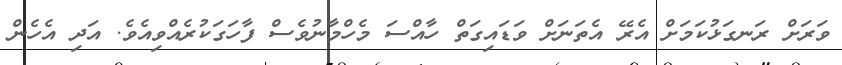
ވަރަށް ރަނގަޅުކަމަށް އެރޭ އެތަނަށް ވަޑައިގަތް ހާއްސަ މެހްމާނުވެސް ފާހަގަކުރެއްވިއެވެ. އަދި އެހެން